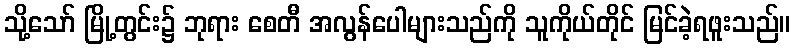
သို့သော် မြို့တွင်း၌ ဘုရား စေတီ အလွန်ပေါများသည်ကို သူကိုယ်တိုင် မြင်ခဲ့ရဖူးသည်။